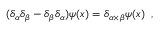
( \delta _ { \alpha } \delta _ { \beta } - \delta _ { \beta } \delta _ { \alpha } ) \psi ( x ) = \delta _ { \alpha \times \beta } \psi ( x ) \, \, \, ,